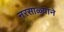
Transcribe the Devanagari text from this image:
नरसाळ्याने